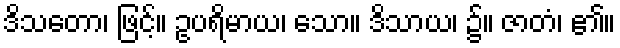
ဒိသတော၊ ဖြင့်။ ဥပရိမာယ၊ သော။ ဒိသာယ၊ ၌။ ဇာတံ၊ ၏။